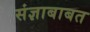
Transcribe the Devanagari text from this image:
संज्ञाबाबत